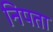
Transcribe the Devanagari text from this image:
निपता